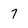
Character: 7